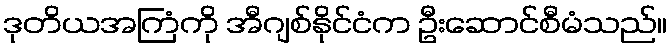
ဒုတိယအကြံကို အီဂျစ်နိုင်ငံက ဦးဆောင်စီမံသည်။